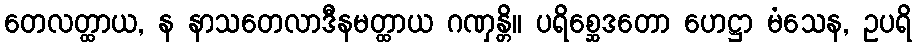
တေလတ္ထာယ, န နာသတေလာဒီနမတ္ထာယ ဂဏှန္တိ။ ပရိစ္ဆေဒတော ဟေဋ္ဌာ မံသေန, ဥပရိ